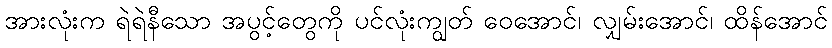
အားလုံးက ရဲရဲနီသော အပွင့်တွေကို ပင်လုံးကျွတ် ဝေအောင်၊ လျှမ်းအောင်၊ ထိန်အောင်